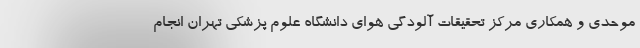
موحدی و همکاری مرکز تحقیقات آلودگی هوای دانشگاه علوم پزشکی تهران انجام